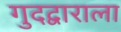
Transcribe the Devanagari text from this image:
गुदद्वाराला